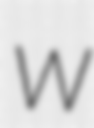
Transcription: W